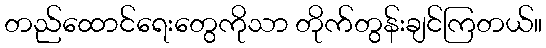
တည်ထောင်ရေးတွေကိုသာ တိုက်တွန်းချင်ကြတယ်။